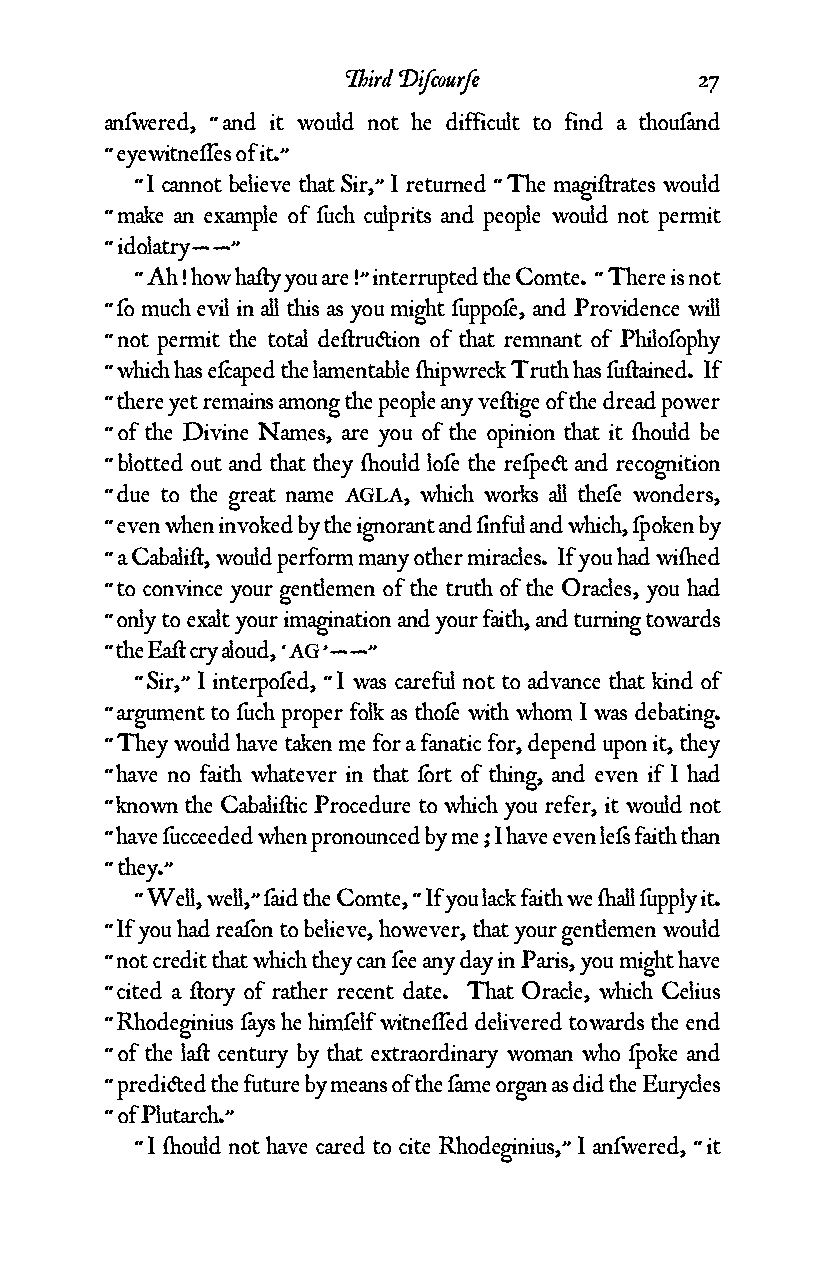
Third Diƒcourƒe        27
 anƒwered, “ and it would not he difficult to find a thouƒand
 “ eyewitneƒƒes of it.”
 “ I cannot believe that Sir,” I returned “ The magi¥rates would
 “ make an example of ƒuch culprits and people would not permit
 “ idolatry——”
 “ Ah ! how ha¥y you are !” interrupted the Comte. “ There is not
 “ ƒo much evil in all this as you might ƒuppoƒe, and Providence will
 “ not permit the total de¥ru¢ion of that remnant of Philoƒophy
 “ which has eƒcaped the lamentable ¬ipwreck Truth has ƒu¥ained. If
 “ there yet remains among the people any ve¥ige of the dread power
 “ of the Divine Names, are you of the opinion that it ¬ould be
 “ blotted out and that they ¬ould loƒe the reƒpe¢ and recognition
 “ due to the great name AGLA, which works all theƒe wonders,
 “ even when invoked by the ignorant and ƒinful and which, ƒpoken by
 “ a Cabali¥, would perform many other miracles. If you had wi¬ed
 “ to convince your gentlemen of the truth of the Oracles, you had
 “ only to exalt your imagination and your faith, and turning towards
 “ the Ea¥ cry aloud, ‘ AG ’——”
 “ Sir,” I interpoƒed, “ I was careful not to advance that kind of
 “ argument to ƒuch proper folk as thoƒe with whom I was debating.
 “ They would have taken me for a fanatic for, depend upon it, they
 “ have no faith whatever in that ƒort of thing, and even if I had
 “ known the Cabali¥ic Procedure to which you refer, it would not
 “ have ƒucceeded when pronounced by me ; I have even leƒs faith than
 “ they.”
 “ Well, well,” ƒaid the Comte, “ If you lack faith we ¬all ƒupply it.
 “ If you had reaƒon to believe, however, that your gentlemen would
 “ not credit that which they can ƒee any day in Paris, you might have
 “ cited a ¥ory of rather recent date. That Oracle, which Celius
 “ Rhodeginius ƒays he himƒelf witneƒƒed delivered towards the end
 “ of the la¥ century by that extraordinary woman who ƒpoke and
 “ predi¢ed the future by means of the ƒame organ as did the Eurycles
 “ of Plutarch.”
 “ I ¬ould not have cared to cite Rhodeginius,” I anƒwered, “ it